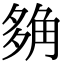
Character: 𧣡